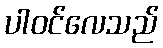
ပါဝင်လေသည်